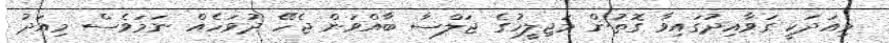
މިއަދަކީ ގަވާއިދުގައިވާ ގޮތުން މަޖިލީހުގެ ޖަލްސާ ބާއްވަން ޖެހޭ ދުވަހެއް ނަމަވެސް މިއަދު